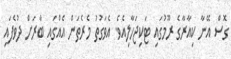
ގޮސް އޭނާ ކިއާރާގެ ރޫމުގައި ޓަކިޖަހާލިއެވެ. އެވަގުތު މެރެތަން އެއްގައި ބާރަށް ދުވެފައި